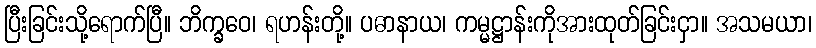
ပြီးခြင်းသို့ရောက်ပြီ။ ဘိက္ခဝေ၊ ရဟန်းတို့။ ပဓာနာယ၊ ကမ္မဋ္ဌာန်းကိုအားထုတ်ခြင်းငှာ။ အသမယာ၊